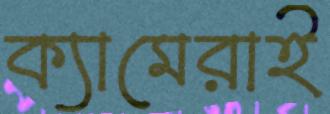
ক্যামেরাই